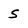
Character: s